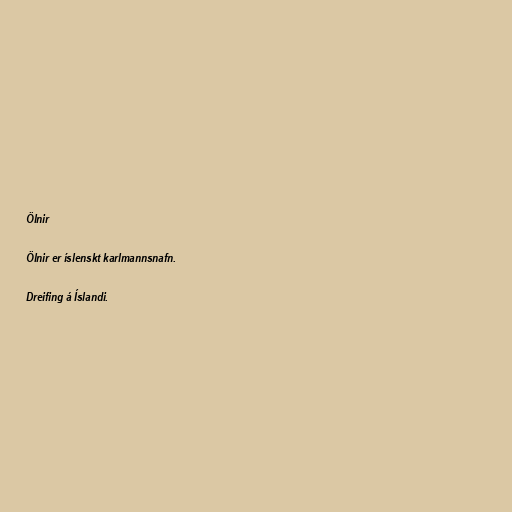
Ölnir

Ölnir er íslenskt karlmannsnafn.

Dreifing á Íslandi.